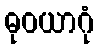
ဓုဝယာဂုံ